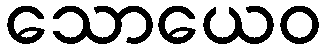
သောယေဝ